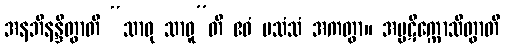
အနဘိနန္ဒိတွာတိ “သာဓု သာဓူ”တိ ဧဝံ ပသံသံ အကတွာ။ အပ္ပဋိက္ကောသိတွာတိ